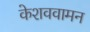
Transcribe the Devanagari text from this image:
केशववामन